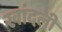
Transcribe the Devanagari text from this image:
खांदली